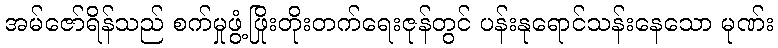
အမ်ဇော်ရိန်သည် စက်မှုဖွံ့ဖြိုးတိုးတက်ရေးဇုန်တွင် ပန်းနုရောင်သန်းနေသော မုဏ်း